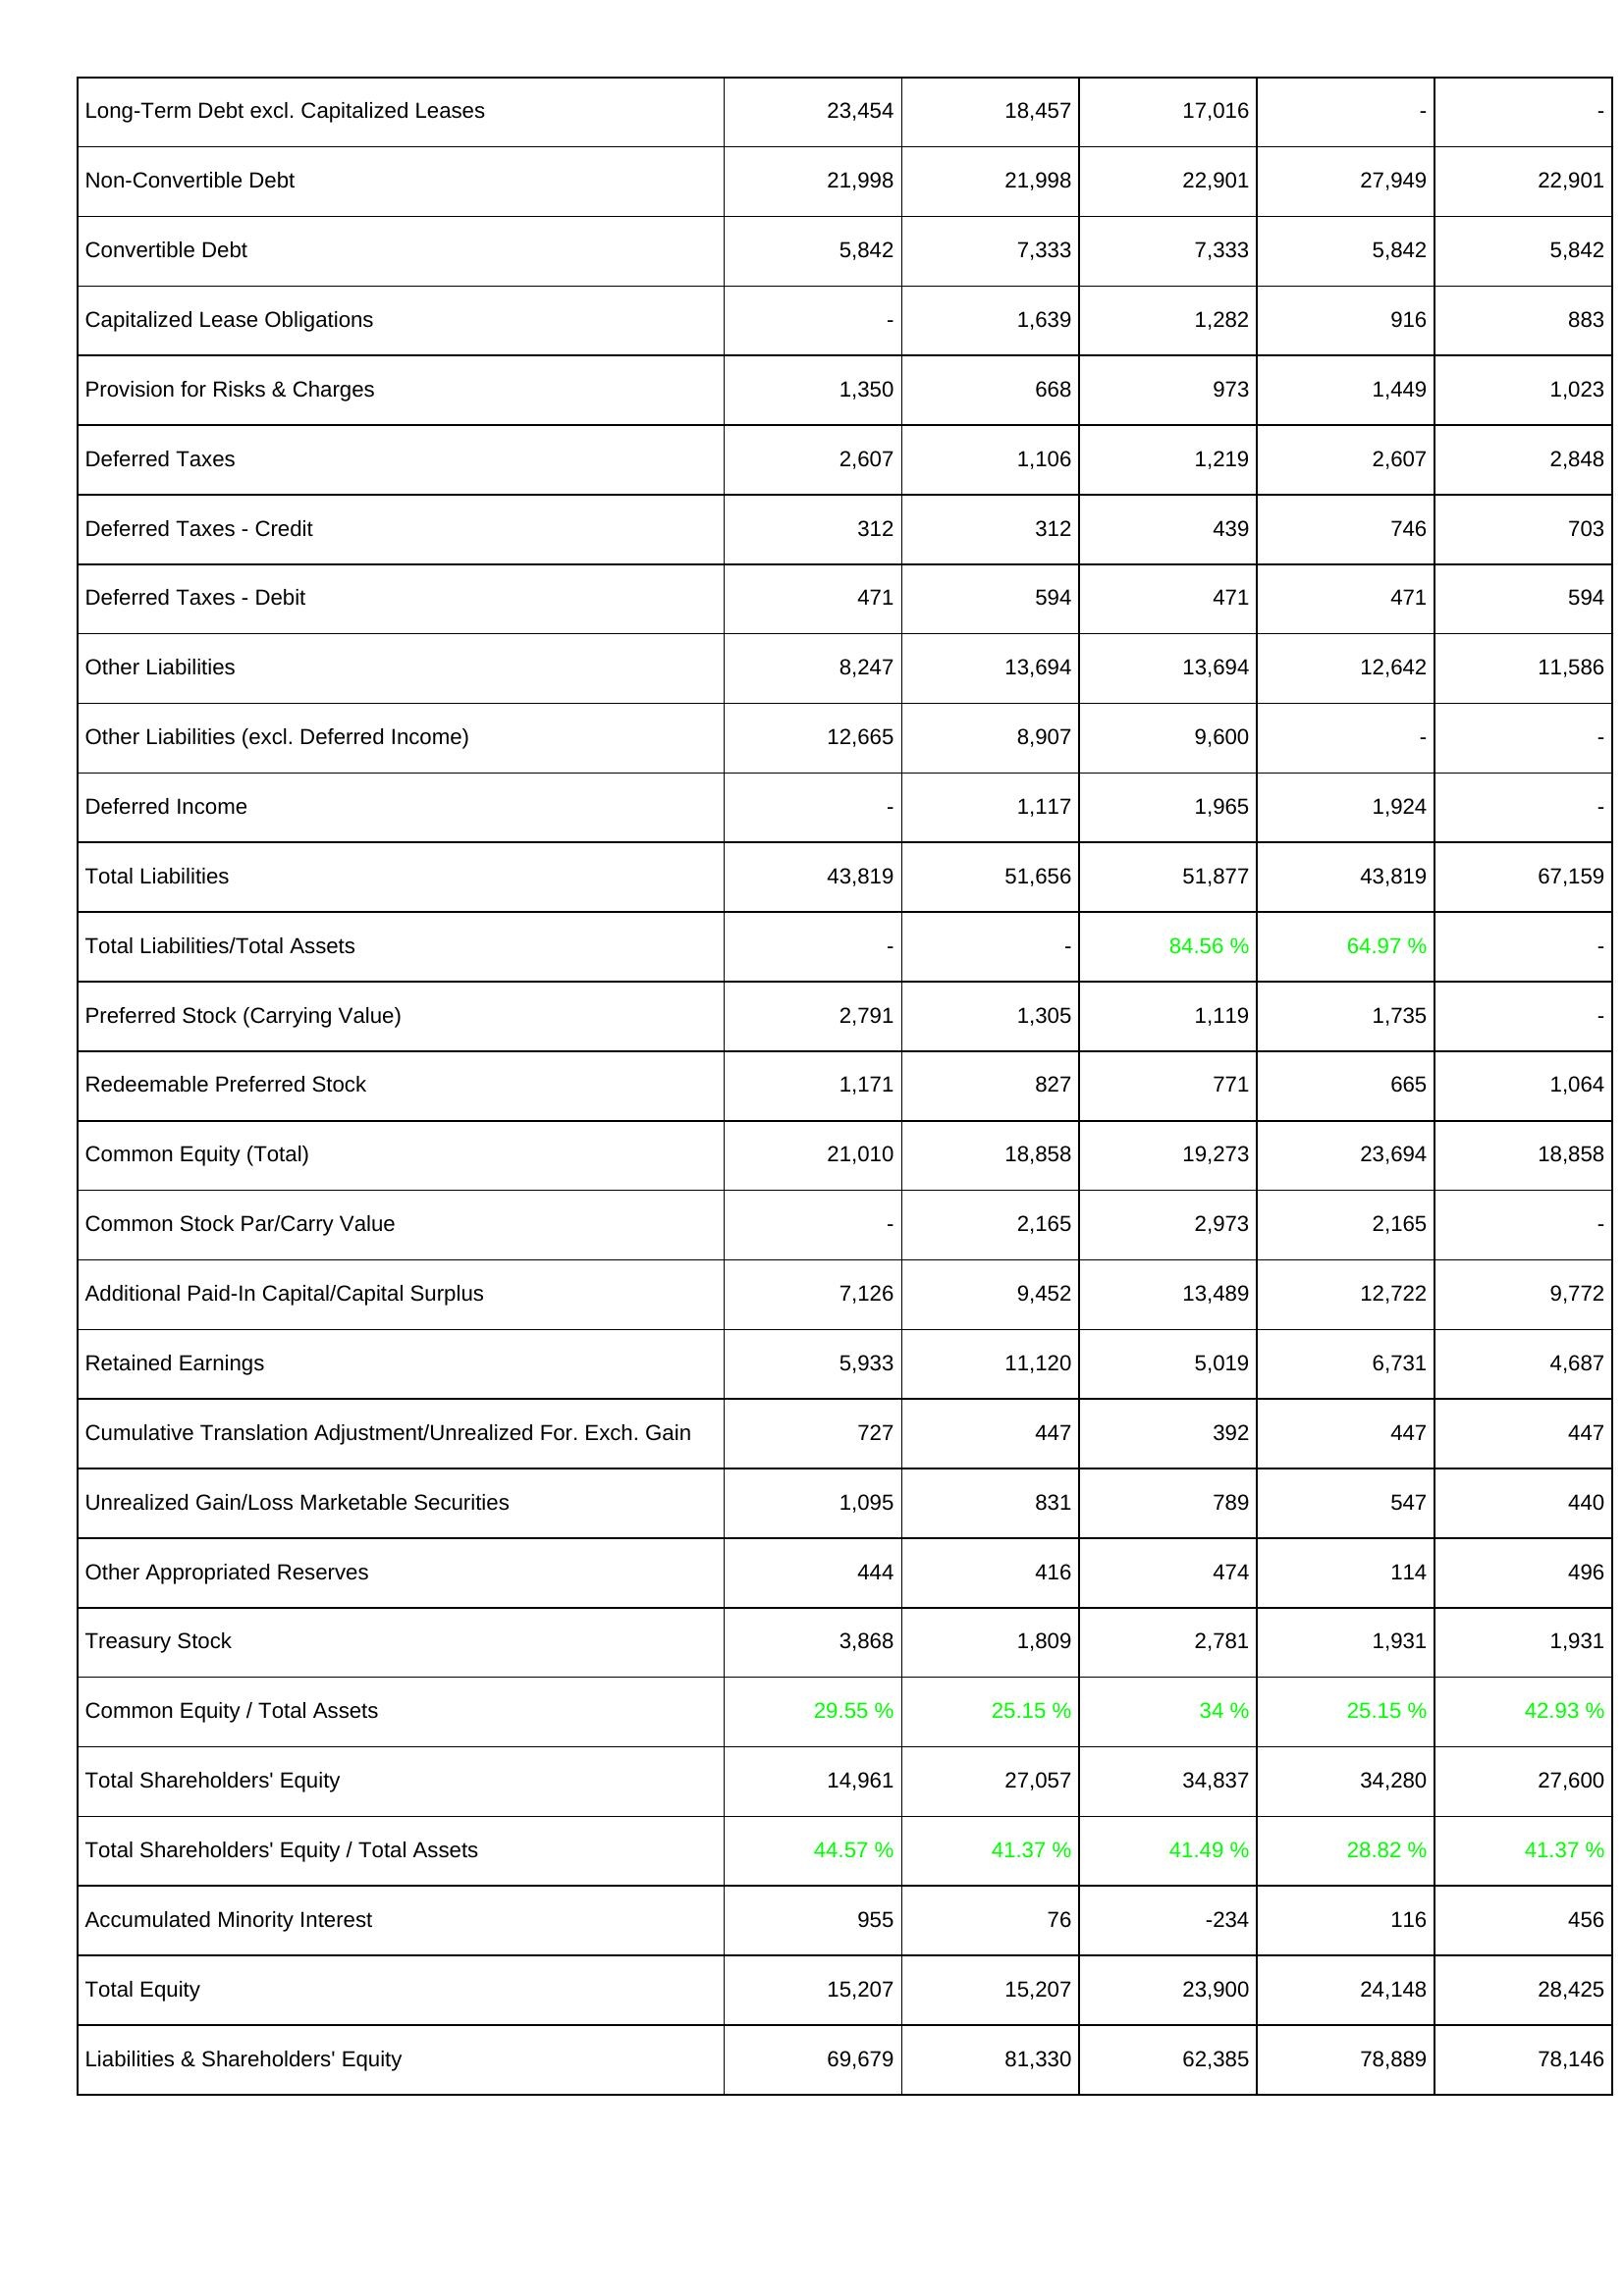
2018: Liabilities & Shareholders' Equity: Long-Term Debt excl. Capitalized Leases: 23,454
Non-Convertible Debt: 21,998
Convertible Debt: 5,842
Capitalized Lease Obligations: -
Provision for Risks & Charges: 1,350
Deferred Taxes: 2,607
Deferred Taxes - Credit: 312
Deferred Taxes - Debit: 471
Other Liabilities: 8,247
Other Liabilities (excl. Deferred Income): 12,665
Deferred Income: -
Total Liabilities: 43,819
Total Liabilities/Total Assets: -
Preferred Stock (Carrying Value): 2,791
Redeemable Preferred Stock: 1,171
Common Equity (Total): 21,010
Common Stock Par/Carry Value: -
Additional Paid-In Capital/Capital Surplus: 7,126
Retained Earnings: 5,933
Cumulative Translation Adjustment/Unrealized For. Exch. Gain: 727
Unrealized Gain/Loss Marketable Securities: 1,095
Other Appropriated Reserves: 444
Treasury Stock: 3,868
Common Equity / Total Assets: 29.55 %
Total Shareholders' Equity: 14,961
Total Shareholders' Equity / Total Assets: 44.57 %
Accumulated Minority Interest: 955
Total Equity: 15,207
Liabilities & Shareholders' Equity: 69,679
2019: Liabilities & Shareholders' Equity: Long-Term Debt excl. Capitalized Leases: 18,457
Non-Convertible Debt: 21,998
Convertible Debt: 7,333
Capitalized Lease Obligations: 1,639
Provision for Risks & Charges: 668
Deferred Taxes: 1,106
Deferred Taxes - Credit: 312
Deferred Taxes - Debit: 594
Other Liabilities: 13,694
Other Liabilities (excl. Deferred Income): 8,907
Deferred Income: 1,117
Total Liabilities: 51,656
Total Liabilities/Total Assets: -
Preferred Stock (Carrying Value): 1,305
Redeemable Preferred Stock: 827
Common Equity (Total): 18,858
Common Stock Par/Carry Value: 2,165
Additional Paid-In Capital/Capital Surplus: 9,452
Retained Earnings: 11,120
Cumulative Translation Adjustment/Unrealized For. Exch. Gain: 447
Unrealized Gain/Loss Marketable Securities: 831
Other Appropriated Reserves: 416
Treasury Stock: 1,809
Common Equity / Total Assets: 25.15 %
Total Shareholders' Equity: 27,057
Total Shareholders' Equity / Total Assets: 41.37 %
Accumulated Minority Interest: 76
Total Equity: 15,207
Liabilities & Shareholders' Equity: 81,330
2020: Liabilities & Shareholders' Equity: Long-Term Debt excl. Capitalized Leases: 17,016
Non-Convertible Debt: 22,901
Convertible Debt: 7,333
Capitalized Lease Obligations: 1,282
Provision for Risks & Charges: 973
Deferred Taxes: 1,219
Deferred Taxes - Credit: 439
Deferred Taxes - Debit: 471
Other Liabilities: 13,694
Other Liabilities (excl. Deferred Income): 9,600
Deferred Income: 1,965
Total Liabilities: 51,877
Total Liabilities/Total Assets: 84.56 %
Preferred Stock (Carrying Value): 1,119
Redeemable Preferred Stock: 771
Common Equity (Total): 19,273
Common Stock Par/Carry Value: 2,973
Additional Paid-In Capital/Capital Surplus: 13,489
Retained Earnings: 5,019
Cumulative Translation Adjustment/Unrealized For. Exch. Gain: 392
Unrealized Gain/Loss Marketable Securities: 789
Other Appropriated Reserves: 474
Treasury Stock: 2,781
Common Equity / Total Assets: 34 %
Total Shareholders' Equity: 34,837
Total Shareholders' Equity / Total Assets: 41.49 %
Accumulated Minority Interest: -234
Total Equity: 23,900
Liabilities & Shareholders' Equity: 62,385
2021: Liabilities & Shareholders' Equity: Long-Term Debt excl. Capitalized Leases: -
Non-Convertible Debt: 27,949
Convertible Debt: 5,842
Capitalized Lease Obligations: 916
Provision for Risks & Charges: 1,449
Deferred Taxes: 2,607
Deferred Taxes - Credit: 746
Deferred Taxes - Debit: 471
Other Liabilities: 12,642
Other Liabilities (excl. Deferred Income): -
Deferred Income: 1,924
Total Liabilities: 43,819
Total Liabilities/Total Assets: 64.97 %
Preferred Stock (Carrying Value): 1,735
Redeemable Preferred Stock: 665
Common Equity (Total): 23,694
Common Stock Par/Carry Value: 2,165
Additional Paid-In Capital/Capital Surplus: 12,722
Retained Earnings: 6,731
Cumulative Translation Adjustment/Unrealized For. Exch. Gain: 447
Unrealized Gain/Loss Marketable Securities: 547
Other Appropriated Reserves: 114
Treasury Stock: 1,931
Common Equity / Total Assets: 25.15 %
Total Shareholders' Equity: 34,280
Total Shareholders' Equity / Total Assets: 28.82 %
Accumulated Minority Interest: 116
Total Equity: 24,148
Liabilities & Shareholders' Equity: 78,889
2022: Liabilities & Shareholders' Equity: Long-Term Debt excl. Capitalized Leases: -
Non-Convertible Debt: 22,901
Convertible Debt: 5,842
Capitalized Lease Obligations: 883
Provision for Risks & Charges: 1,023
Deferred Taxes: 2,848
Deferred Taxes - Credit: 703
Deferred Taxes - Debit: 594
Other Liabilities: 11,586
Other Liabilities (excl. Deferred Income): -
Deferred Income: -
Total Liabilities: 67,159
Total Liabilities/Total Assets: -
Preferred Stock (Carrying Value): -
Redeemable Preferred Stock: 1,064
Common Equity (Total): 18,858
Common Stock Par/Carry Value: -
Additional Paid-In Capital/Capital Surplus: 9,772
Retained Earnings: 4,687
Cumulative Translation Adjustment/Unrealized For. Exch. Gain: 447
Unrealized Gain/Loss Marketable Securities: 440
Other Appropriated Reserves: 496
Treasury Stock: 1,931
Common Equity / Total Assets: 42.93 %
Total Shareholders' Equity: 27,600
Total Shareholders' Equity / Total Assets: 41.37 %
Accumulated Minority Interest: 456
Total Equity: 28,425
Liabilities & Shareholders' Equity: 78,146